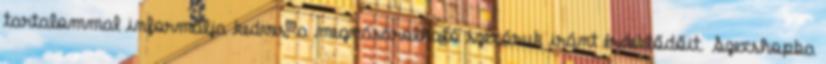
tartalommal informálja kedves, a megvásárolható szexáruk iránt érdeklődőit. Szexshopba